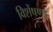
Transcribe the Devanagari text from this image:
विशेंषणों